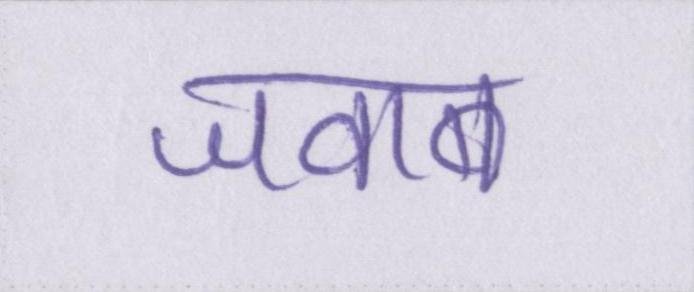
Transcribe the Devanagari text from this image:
जवाब